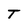
Character: T